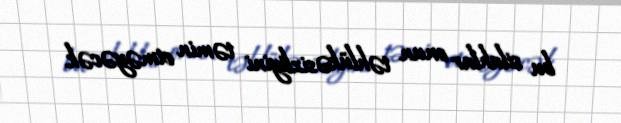
bu silahlar onun təhlükəsizliyini təmin etməyəcək.